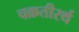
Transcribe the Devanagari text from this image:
चक्रतीरर्थ